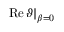
\operatorname { R e } \vartheta \vert _ { \beta = 0 }